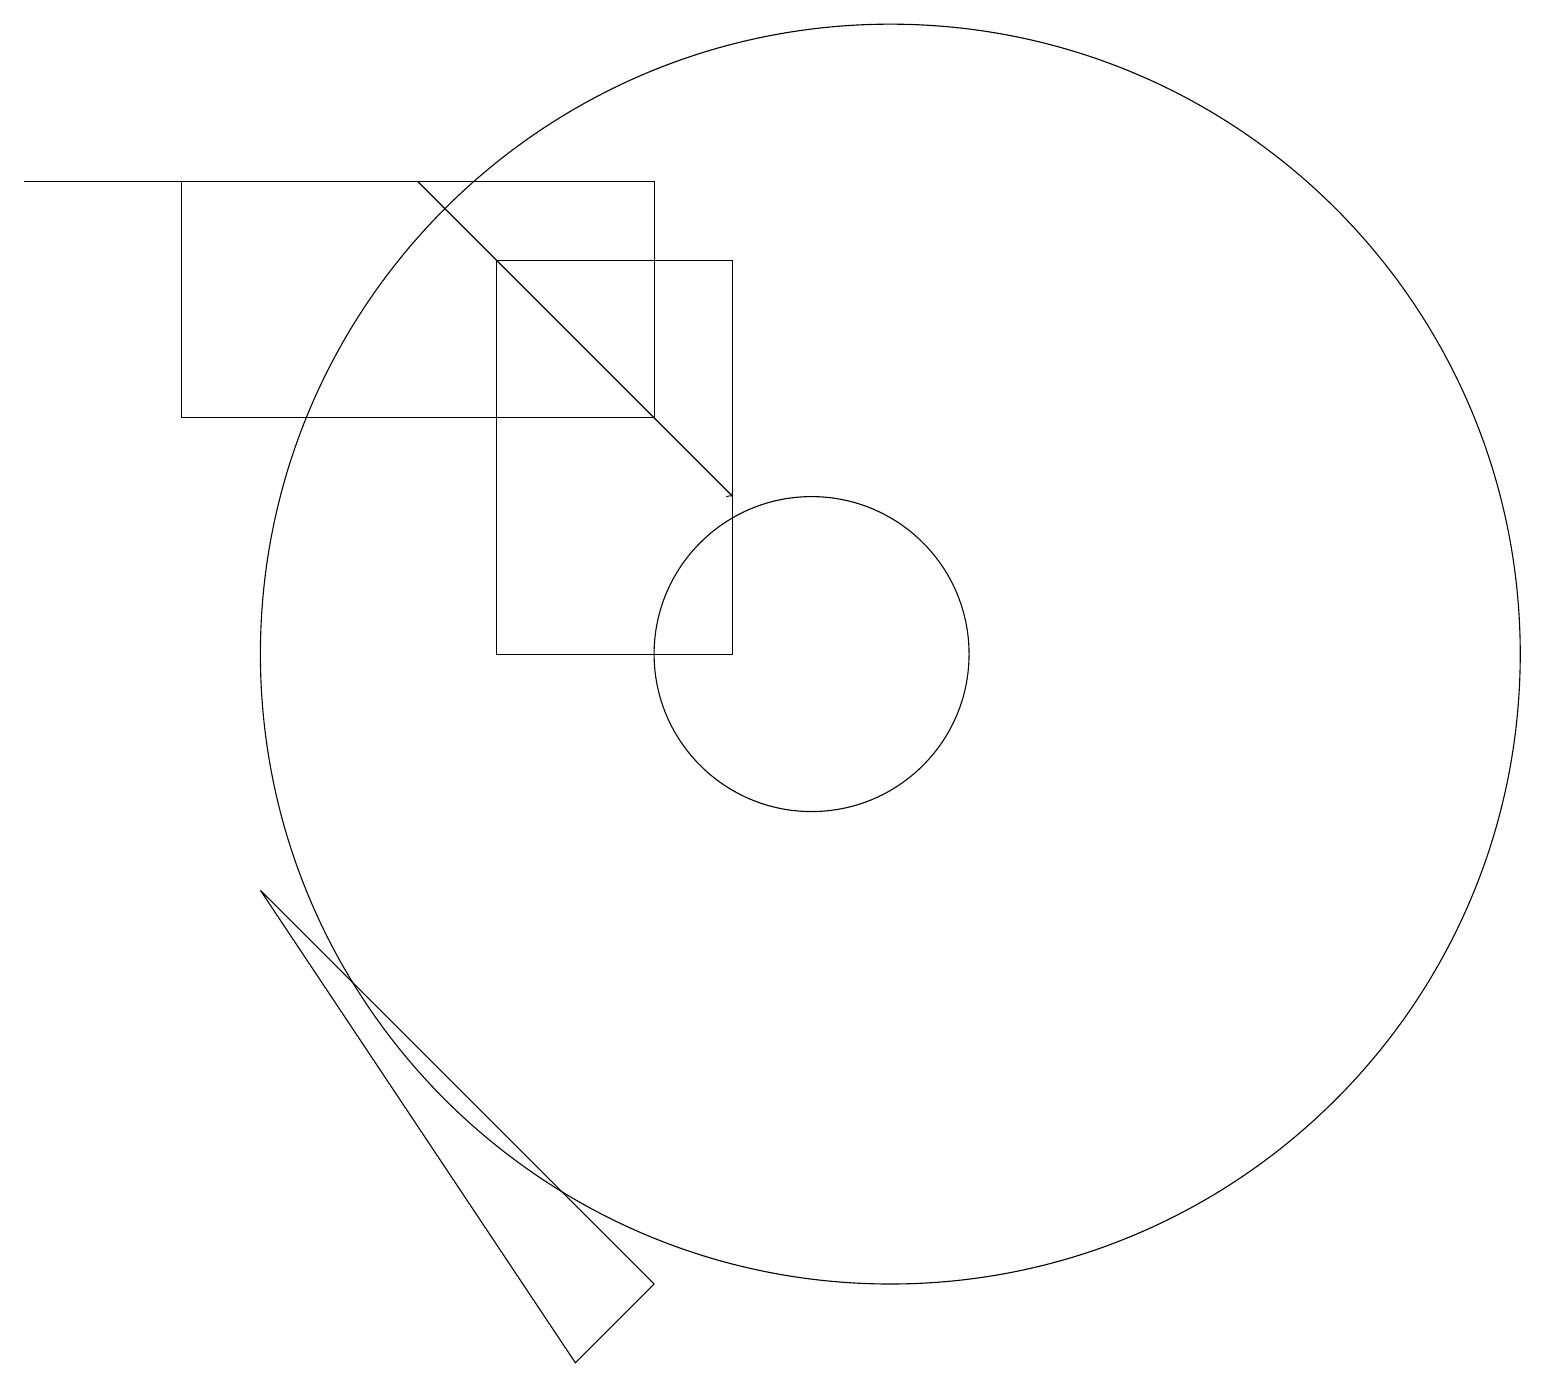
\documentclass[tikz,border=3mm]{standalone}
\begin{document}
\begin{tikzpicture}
\draw (11,11) circle (8);
\draw (6,16) rectangle (9,11);
\draw (10,11) circle (2);
\draw (3,8) -- (7,2) -- (8,3) -- cycle;
\draw[->] (5,17) -- (9,13);
\draw (5,17) rectangle (0,17);
\draw (8,14) rectangle (2,17);
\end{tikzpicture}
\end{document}